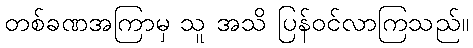
တစ်ခဏအကြာမှ သူ အသိ ပြန်ဝင်လာကြသည်။